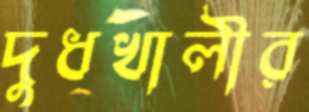
দুধখালীর